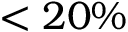
< 2 0 \%